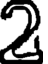
2